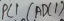
Text: ADC1